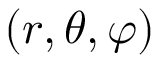
( r , \theta , \varphi )